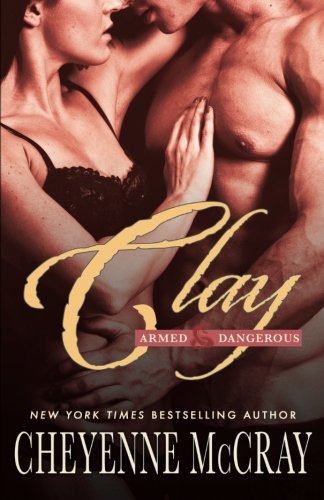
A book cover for Clay: Armed and Dangerous (Volume 3); Cheyenne McCray; Romance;